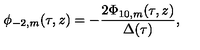
\phi _ { - 2 , m } ( \tau , z ) = - \frac { 2 \Phi _ { 1 0 , m } ( \tau , z ) } { \Delta ( \tau ) } ,